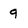
Character: 9